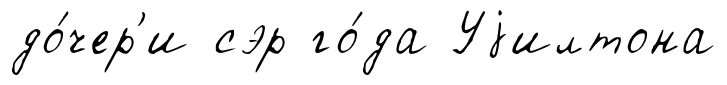
до́чер'и сэр го́да Уjилтона